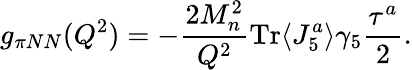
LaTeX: g_{\pi NN}(Q^{2})=-\frac{2M_{n}^{2}}{Q^{2}}\mathrm{Tr}\langle J_{5}^{a}\rangle\gamma_{5}\frac{\tau^{a}}{2}.